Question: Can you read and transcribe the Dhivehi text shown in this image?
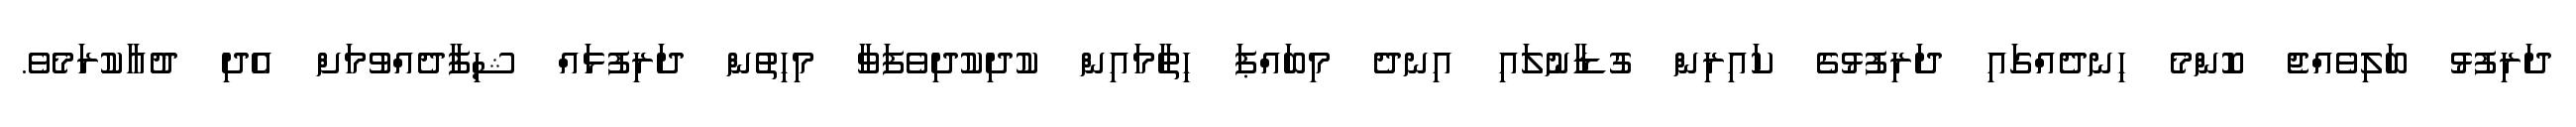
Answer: ދަރިފުޅު ބަލިވެއްޖެ ކޮންމެ ހިނދެއްގައި ދަރިފުޅުގެ ކައިރިން ގުޑާނުލައި އިނދެ މިބައްޕަ ހިތާމައިން ކުދިކުދިވެފަވާ މިހިތުން ދަރިފުޅައް ޝިފާދެއްވުމަށް އެދި ދުޢާކުރަމެވެ.